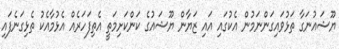
ޔޫޝައުނަގާ ތަޅުވައިގަންނަމުން އެކުގައި އައި ޒަޔާން ޔޫޝައުގެ ކަންކަށިމަތީ އެތިފަހަރެއް އެޅުމާއެކު ތެޅިގަނެފައި